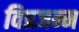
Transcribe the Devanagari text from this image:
विप्रजन्म